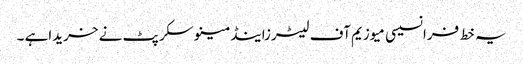
یہ خط فرانسیسی میوزیم آف لیٹرزاینڈمینوسکرپٹ نے خریداہے ۔